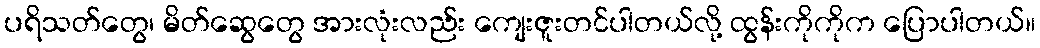
ပရိသတ်တွေ၊ မိတ်ဆွေတွေ အားလုံးလည်း ကျေးဇူးတင်ပါတယ်လို့ ထွန်းကိုကိုက ပြောပါတယ်။